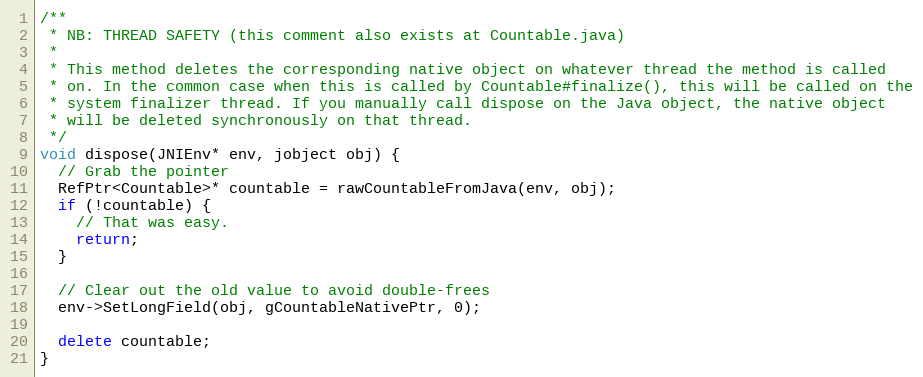
Language: C++
/**
 * NB: THREAD SAFETY (this comment also exists at Countable.java)
 *
 * This method deletes the corresponding native object on whatever thread the method is called
 * on. In the common case when this is called by Countable#finalize(), this will be called on the
 * system finalizer thread. If you manually call dispose on the Java object, the native object
 * will be deleted synchronously on that thread.
 */
void dispose(JNIEnv* env, jobject obj) {
  // Grab the pointer
  RefPtr<Countable>* countable = rawCountableFromJava(env, obj);
  if (!countable) {
    // That was easy.
    return;
  }

  // Clear out the old value to avoid double-frees
  env->SetLongField(obj, gCountableNativePtr, 0);

  delete countable;
}